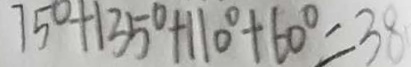
7 5 ^ { \circ } + 1 3 5 ^ { \circ } + 1 1 0 ^ { \circ } + 6 0 ^ { \circ } = 3 8